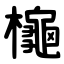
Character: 櫷